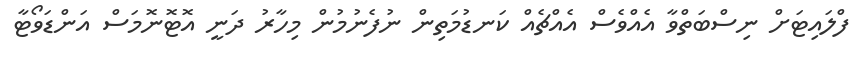
ފްލައިޓަށް ނިސްބަތްވާ އެއްވެސް އެއްޗެއް ކަނޑުމަތިން ނުފެނުމުން މިހާރު ދަނީ އޮޓޮނޮމަސް އަންޑަވޯޓާ